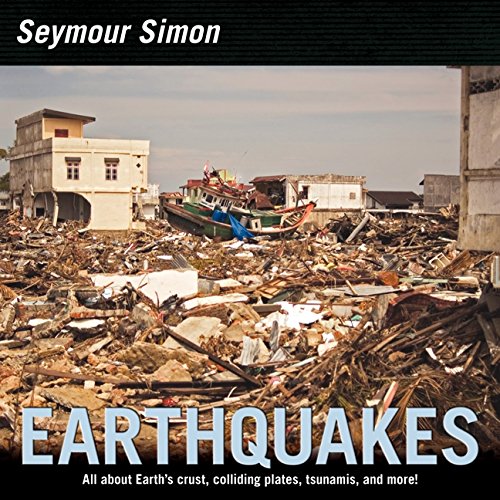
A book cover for Earthquakes; Seymour Simon; Children's Books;